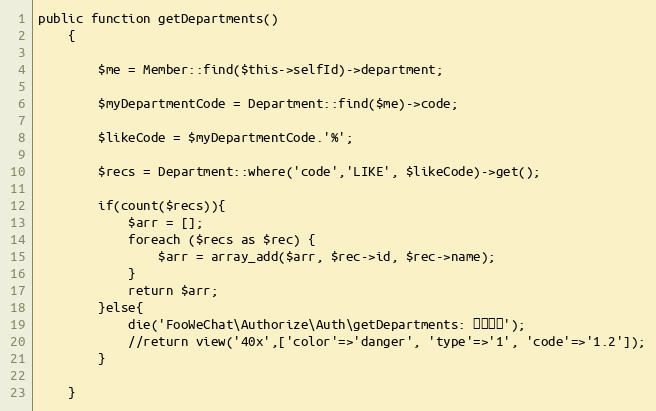
Language: PHP
public function getDepartments()
	{

		$me = Member::find($this->selfId)->department;

		$myDepartmentCode = Department::find($me)->code;

		$likeCode = $myDepartmentCode.'%';

		$recs = Department::where('code','LIKE', $likeCode)->get();

		if(count($recs)){
			$arr = [];
			foreach ($recs as $rec) {
				$arr = array_add($arr, $rec->id, $rec->name);
			}
			return $arr;
		}else{
			die('FooWeChat\Authorize\Auth\getDepartments: 记录异常');
			//return view('40x',['color'=>'danger', 'type'=>'1', 'code'=>'1.2']);
		}

	}